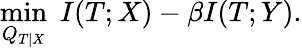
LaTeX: \min_{Q_{T|X}}\; I(T;X)-\beta I(T;Y).